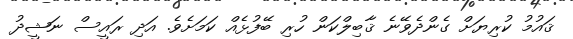
ޤައުމު ކުރިޔަށް ގެންދެވޭނެ ޤާބިލްކަން ހުރި ބޭފުޅެއް ކަމަށެވެ. އަދި ރައީސް ނަޝީދު